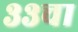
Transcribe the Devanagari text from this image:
३३चा